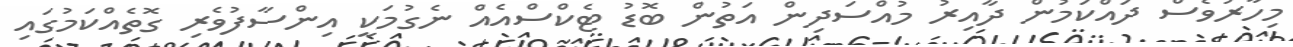
މިހާރުވެސް ދައްކަމުން ދާއިރު މުއްސަދިން އަތުން ބޮޑު ޓެކްސްއެއް ނެގުމަކީ އިންސާފުވެރި ގޮތެއްކަމުގައި